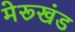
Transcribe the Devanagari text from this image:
मेरूखंड